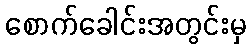
စောက်ခေါင်းအတွင်းမှ